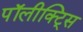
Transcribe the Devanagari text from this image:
पॉलीक्ट्सि